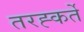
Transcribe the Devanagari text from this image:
तरह्कर्ते